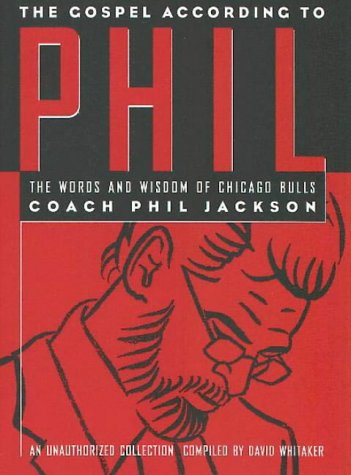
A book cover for The Gospel According to Phil: The Words and Wisdom of Chicago Bulls Coach Phil Jackson: An Unauthorized Collection; Dave Whitaker; Sports & Outdoors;